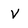
Character: V